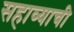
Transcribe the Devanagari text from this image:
सहाव्याची